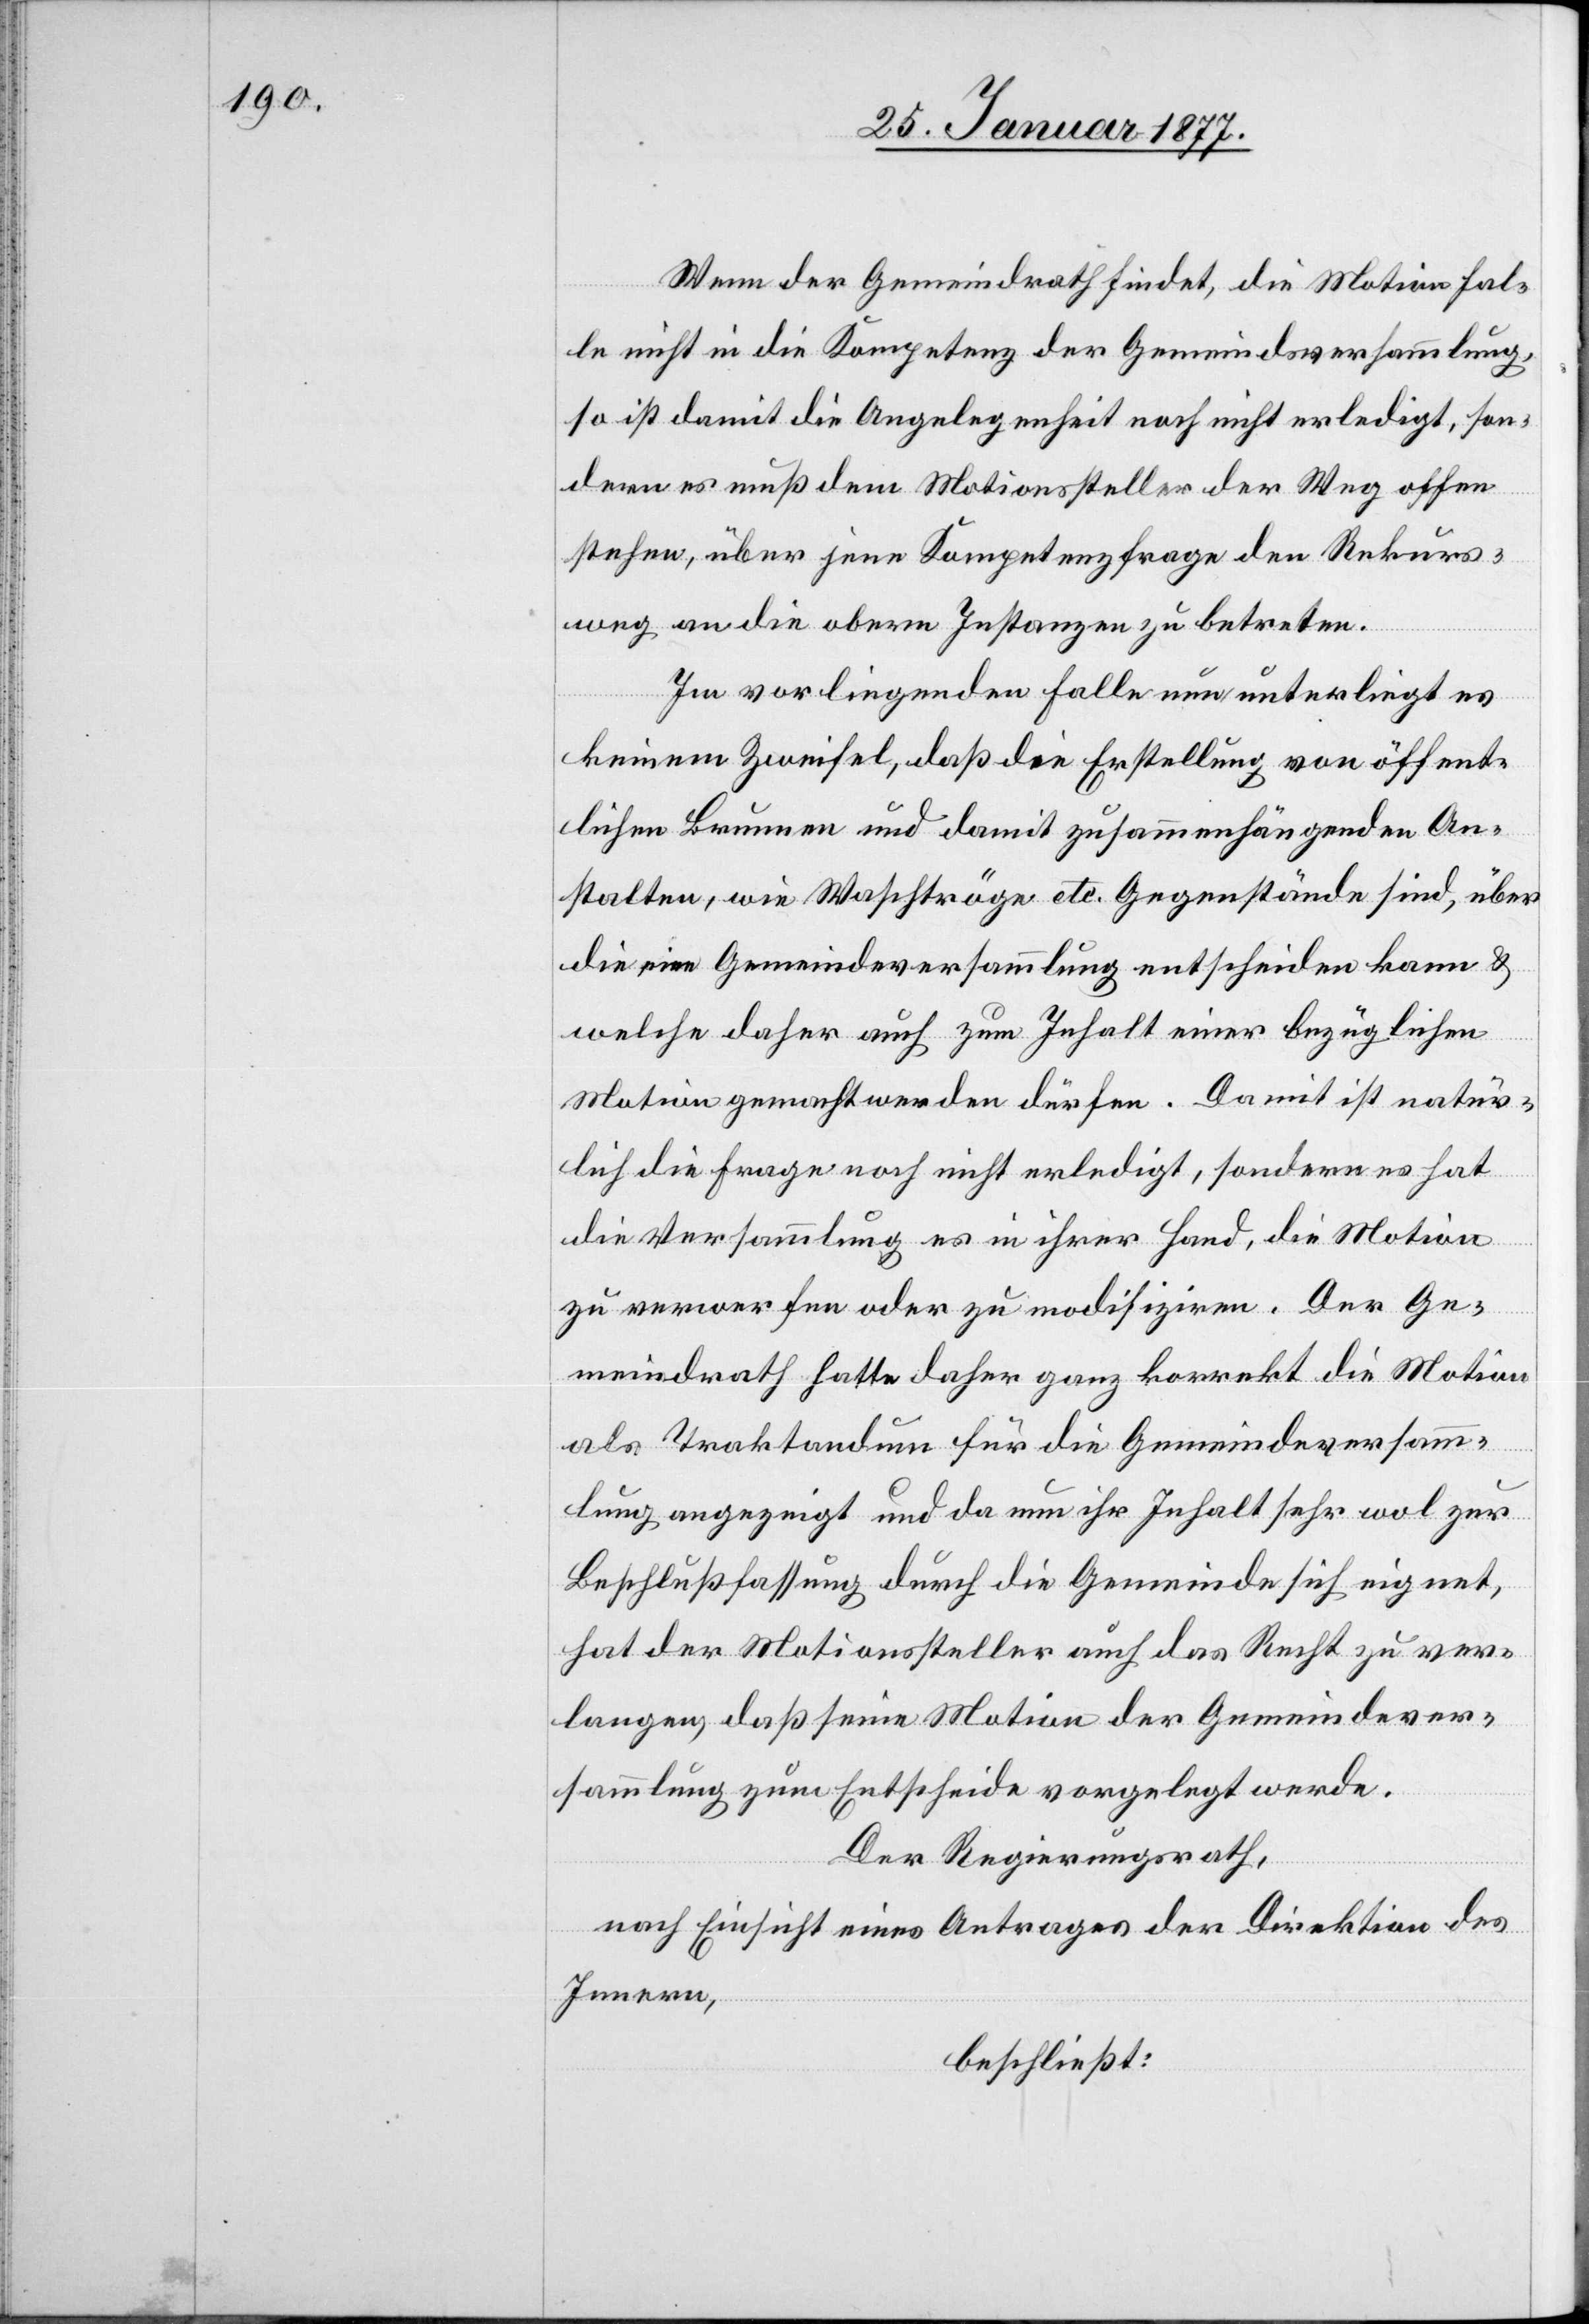
Wenn der Gemeindrath findet, die Motion fal¬
le nicht in die Kompetenz der Gemeindsversammlung,
so ist damit die Angelegenheit noch nicht erledigt, son¬
dern es muß dem Motionssteller der Weg offen
stehen, über jene Kompetenzfrage den Rekurs¬
weg an die obern Instanzen zu betreten.
Im vorliegenden Falle nun unterliegt es
keinem Zweifel, daß die Erstellung von öffent¬
lichen Brunnen und damit zusammenhängenden An¬
stalten, wie Waschtröge etc. Gegenstände sind, über
die eine Gemeindeversammlung entscheiden kann &
welche daher auch zum Inhalt einer bezüglichen
Motion gemacht werden dürfen. Damit ist natür¬
lich die Frage noch nicht erledigt, sondern es hat
die Versammlung es in ihrer Hand, die Motion
zu verwerfen oder zu modifiziren. Der Ge¬
meindrath hatte daher ganz korrekt die Motion
als Traktandum für die Gemeindeversamm¬
lung angezeigt und da nun ihr Inhalt sehr wol zur
Beschlußfassung durch die Gemeinde sich eignet,
hat der Motionssteller auch das Recht zu ver¬
langen, daß seine Motion der Gemeindever¬
sammlung zum Entscheide vorgelegt werde.
Der Regierungsrath,
nach Einsicht eines Antrages der Direktion des
Innern,
beschließt: